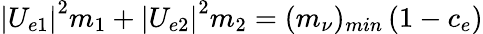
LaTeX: \left|U_{e1}\right|^{2}m_{1}+\left|U_{e2}\right|^{2}m_{2}=(m_{\nu})_{min}\left(1-c_{e}\right)